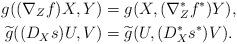
LaTeX: \begin{align*}g((\nabla_{Z}f)X,Y)&=g(X,(\nabla^{\ast}_{Z}f^{\ast})Y), \\\widetilde{g}((D_{X}s)U,V)&=\widetilde{g}(U,(D^{\ast}_{X}s^{\ast})V).\end{align*}